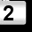
Digit: 2